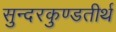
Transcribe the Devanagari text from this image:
सुन्दरकुण्डतीर्थ